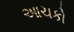
આચકો